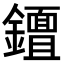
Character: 𨮮